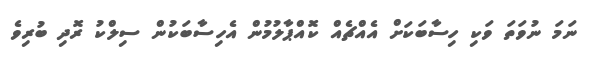
ނަމަ ނުވަތަ ވަކި ހިސާބަކަށް އެއްޗެއް ކޮއްޕާލުމުން އެހިސާބަކުން ސިލްކު ރޮދި ބުރިވެ